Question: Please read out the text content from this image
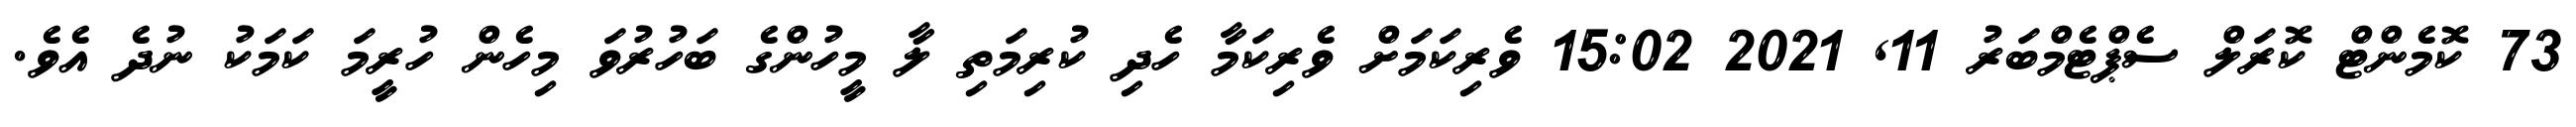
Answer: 73 ކޮމެންޓް ކޮރަލް ސެޕްޓެމްބަރު 11, 2021 15:02 ވެރިކަމަށް ވެރިކަމާ ހެދި ކުރިމަތި ލާ މީހުންގެ ބަހުރުވަ މިހެން ހުރީމަ ކަމަކު ނުދެ އެވެ.